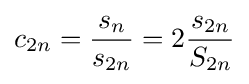
c_{2n}={\frac {s_{n}}{s_{2n}}}=2{\frac {s_{2n}}{S_{2n}}}